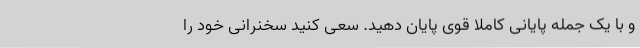
و با یک جمله پایانی کاملاً قوی پایان دهید. سعی کنید سخنرانی خود را